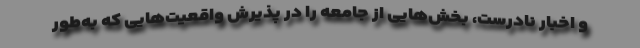
و اخبار نادرست، بخش‌هایی از جامعه را در پذیرش واقعیت‌هایی که به‌طور